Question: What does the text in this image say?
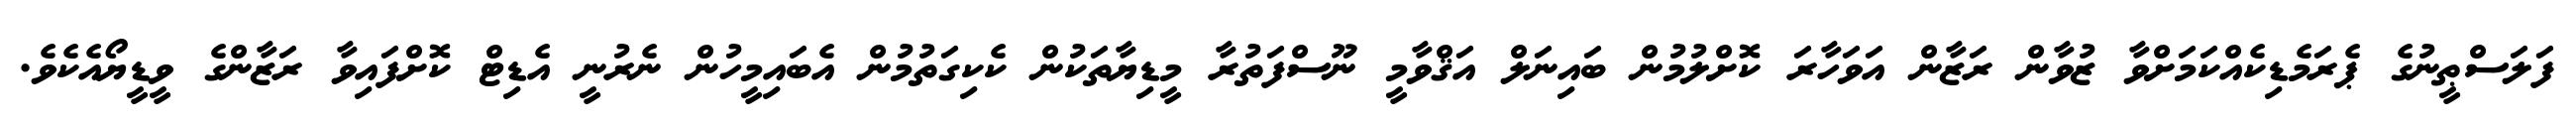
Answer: ފަލަސްޠީނުގެ ޕެރަމެޑިކެއްކަމަށްވާ ޒުވާން ރަޒާން އަވަހާރަ ކޮށްލުމުން ބައިނަލް އަޤްވާމީ ނޫސްފަތުރާ މީޑިޔާތަކުން ކެކިގަތުމުން އެބައިމީހުން ނެރުނީ އެޑިޓް ކޮށްފައިވާ ރަޒާންގެ ވީޑީޔޯއެކެވެ.